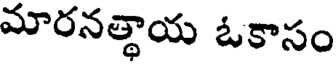
మారనత్థాయ ఓకాసం